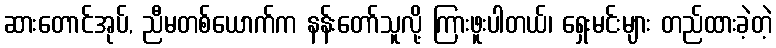
ဆားတောင်အုပ်, ညီမတစ်ယောက်က နန်းတော်သူလို့ ကြားဖူးပါတယ်၊ ရှေးမင်းများ တည်ထားခဲ့တဲ့